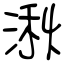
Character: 湫